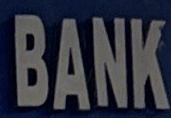
BANK